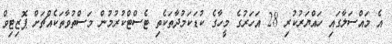
އެ މައްސަލާގައި ހައްޔަރުކުރި 28 އަހަރުގެ މީހާގެ ކުޑަކަމުދާތަކެތި ޓެސްޓްކުރުމުން މަސްތުވާތަކެއްޗަށް ޕޮޒިޓިވް